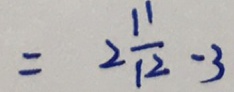
= 2 \frac { 1 1 } { 1 2 } - 3